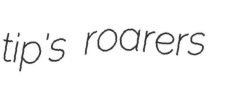
tip's roarers